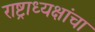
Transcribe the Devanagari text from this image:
राष्ट्राध्यक्षांचा